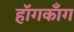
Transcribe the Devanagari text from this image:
हॉगकाँग